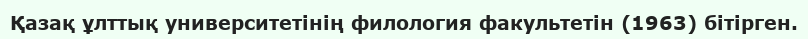
Қазақ ұлттық университетінің филология факультетін (1963) бітірген.